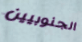
الجنوبيين